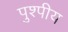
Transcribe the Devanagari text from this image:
पुश्पीय